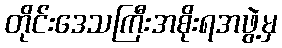
တိုင်းဒေသကြီးအစိုးရအဖွဲ့မှ